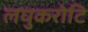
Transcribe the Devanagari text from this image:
लघुकरोटि